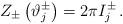
LaTeX: \begin{align*}Z_{\pm }\left( \vartheta _{j}^{\pm }\right) =2\pi I_{j}^{\pm }\, .\end{align*}